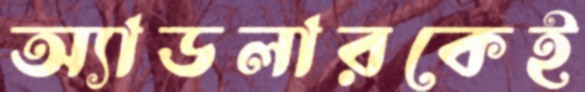
অ্যাডলারকেই